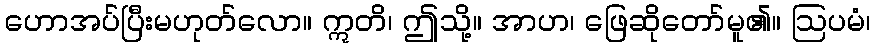
ဟောအပ်ပြီးမဟုတ်လော။ ဣတိ၊ ဤသို့။ အာဟ၊ ဖြေဆိုတော်မူ၏။ ဩပမံ၊